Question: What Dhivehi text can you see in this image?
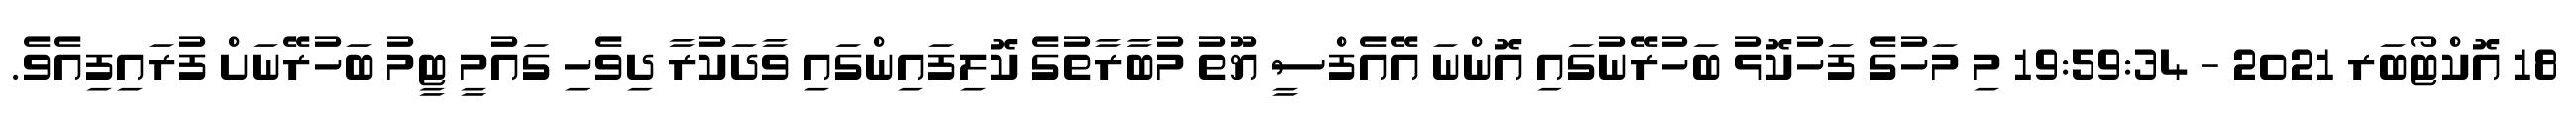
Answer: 18 އޮކްޓޯބަރ 2021 - 19:59:34 މި މަހުގެ ފަހުކޮޅު ބަހުރޭނުގައި އޮންނަ އޭއެފްސީ ޔޫތު މުބާރާތުގެ ކޮލިފައިންގައި ވާދަކުރާ ދިވެހި ގައުމީ ޓީމު ބަހުރޭނަށް ފުރައިފިއެވެ.